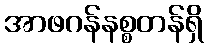
အာဖဂန်နစ္စတန်ရှိ